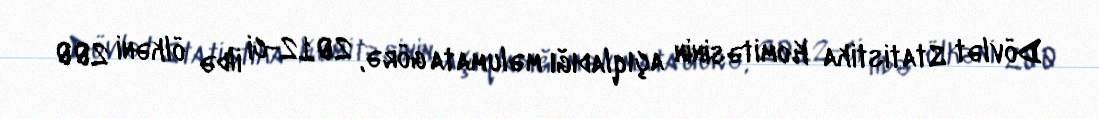
Dövlət Statistika Komitəsinin açıqladığı məlumata görə, 2012-ci ildə ölkəni 200